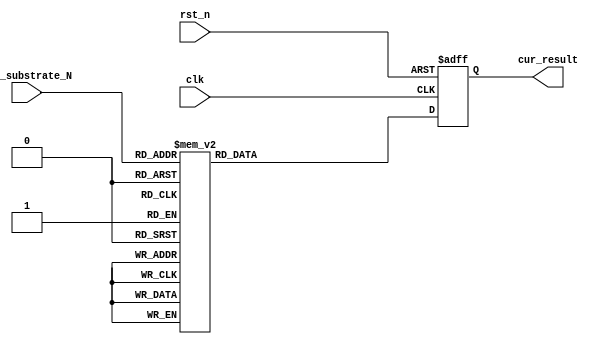
module myrom5bit
  #(
    parameter RESULT_00 = 16'H8000,
    parameter RESULT_01 = 16'H2F16,
    parameter RESULT_02 = 16'H1152,
    parameter RESULT_03 = 16'H065F,
    parameter RESULT_04 = 16'H0258,
    parameter RESULT_05 = 16'H00DC,
    parameter RESULT_06 = 16'H0051,
    parameter RESULT_07 = 16'H001D,
    parameter RESULT_08 = 16'H000A,
    parameter RESULT_09 = 16'H0004,
    parameter RESULT_10 = 16'H0001,
    parameter RESULT_11 = 16'H0000,
    parameter RESULT_12 = 16'H0000,
    parameter RESULT_13 = 16'H0000,
    parameter RESULT_14 = 16'H0000,
    parameter RESULT_15 = 16'H0000,
    parameter RESULT_16 = 16'H0000,
    parameter RESULT_17 = 16'H0000,
    parameter RESULT_18 = 16'H0000,
    parameter RESULT_19 = 16'H0000,
    parameter RESULT_20 = 16'H0000,
    parameter RESULT_21 = 16'H0000,
    parameter RESULT_22 = 16'H0000,
    parameter RESULT_23 = 16'H0000,
    parameter RESULT_24 = 16'H0000,
    parameter RESULT_25 = 16'H0000,
    parameter RESULT_26 = 16'H0000,
    parameter RESULT_27 = 16'H0000,
    parameter RESULT_28 = 16'H0000,
    parameter RESULT_29 = 16'H0000,
    parameter RESULT_30 = 16'H0000,
    parameter RESULT_31 = 16'H0000
    )
   (
    input [4:0] cur_substrate_N,
    input             clk,
    input             rst_n,
    output reg [15:0] cur_result
    );

   always @ (posedge clk or negedge rst_n)
     begin
        if(rst_n == 0)
          begin
             cur_result <= 0;
          end
        else
          begin
             case(cur_substrate_N)
               5'd0:cur_result <= RESULT_00;
               5'd1:cur_result <= RESULT_01;
               5'd2:cur_result <= RESULT_02;
               5'd3:cur_result <= RESULT_03;
               5'd4:cur_result <= RESULT_04;
               5'd5:cur_result <= RESULT_05;
               5'd6:cur_result <= RESULT_06;
               5'd7:cur_result <= RESULT_07;
               5'd8:cur_result <= RESULT_08;
               5'd9:cur_result <= RESULT_09;
               5'd10:cur_result <= RESULT_10;
               5'd11:cur_result <= RESULT_11;
               5'd12:cur_result <= RESULT_12;
               5'd13:cur_result <= RESULT_13;
               5'd14:cur_result <= RESULT_14;
               5'd15:cur_result <= RESULT_15;
               5'd16:cur_result <= RESULT_16;
               5'd17:cur_result <= RESULT_17;
               5'd18:cur_result <= RESULT_18;
               5'd19:cur_result <= RESULT_19;
               5'd20:cur_result <= RESULT_20;
               5'd21:cur_result <= RESULT_21;
               5'd22:cur_result <= RESULT_22;
               5'd23:cur_result <= RESULT_23;
               5'd24:cur_result <= RESULT_24;
               5'd25:cur_result <= RESULT_25;
               5'd26:cur_result <= RESULT_26;
               5'd27:cur_result <= RESULT_27;
               5'd28:cur_result <= RESULT_28;
               5'd29:cur_result <= RESULT_29;
               5'd30:cur_result <= RESULT_30;
               5'd31:cur_result <= RESULT_31;
               default:cur_result <= 0;
             endcase
          end
     end

endmodule